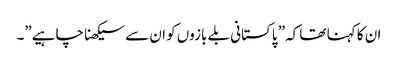
ان کا کہنا تھا کہ” پاکستانی بلے بازوں کو ان سے سیکھنا چاہیے”۔